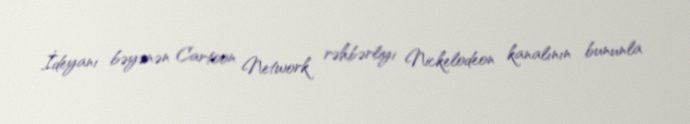
İdeyanı bəyənən Cartoon Network rəhbərliyi Nickelodeon kanalının bununla